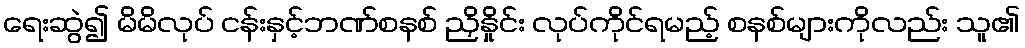
ရေးဆွဲ၍ မိမိလုပ် ငန်းနှင့်ဘဏ်စနစ် ညှိနှိုင်း လုပ်ကိုင်ရမည့် စနစ်များကိုလည်း သူ၏